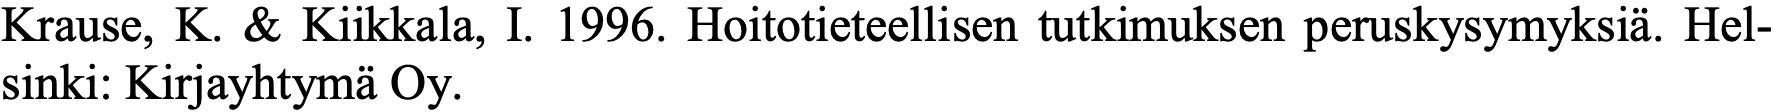
Krause, K. & Kiikkala, I. 1996. Hoitotieteellisen tutkimuksen peruskysymyksiä. Hel- sinki: Kirjayhtymä Oy.